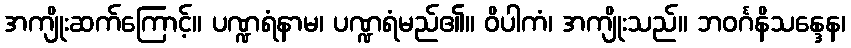
အကျိုးဆက်ကြောင့်။ ပဏ္ဍရံနာမ၊ ပဏ္ဍရံမည်၏။ ဝိပါကံ၊ အကျိုးသည်။ ဘဝင်္ဂနိသန္ဒေန၊